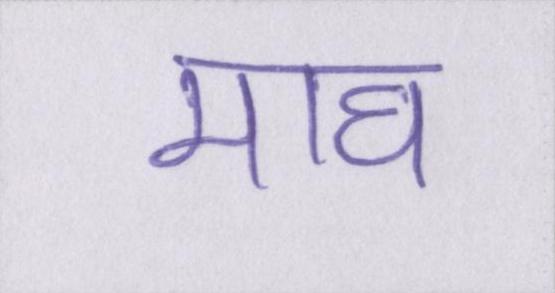
माघ